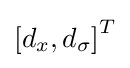
\left[d_{x},d_{\sigma }\right]^{T}